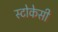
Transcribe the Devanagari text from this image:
स्टोकेसी